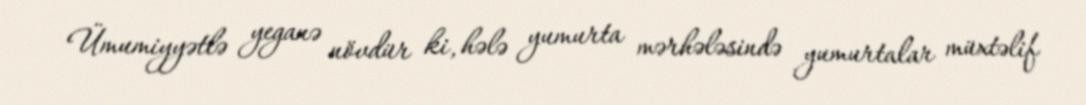
Ümumiyyətlə yeganə növdür ki, hələ yumurta mərhələsində yumurtalar müxtəlif